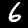
Digit: 6